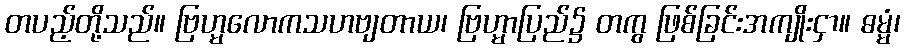
တပည့်တို့သည်။ ဗြဟ္မလောကသဟဗျတာယ၊ ဗြဟ္မာပြည်၌ တကွ ဖြစ်ခြင်းအကျိုးငှာ။ ဓမ္မံ၊